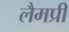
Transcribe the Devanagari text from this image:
लैमप्री